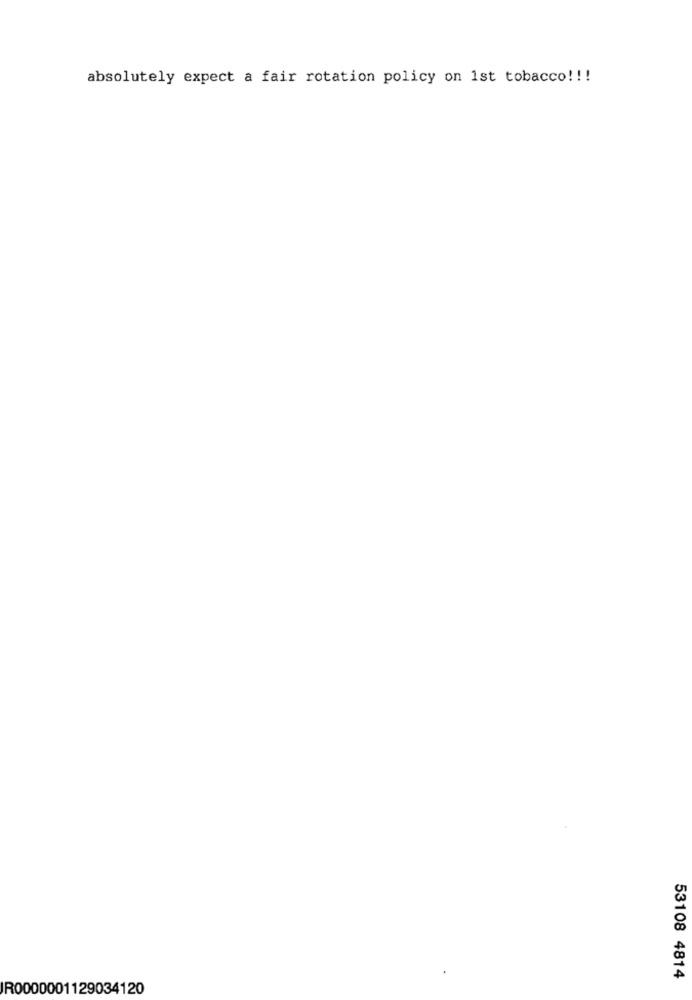
absolutely expect a fair rotation policy on 1st tobacco !!!
53108 4814
IR0000001129034120